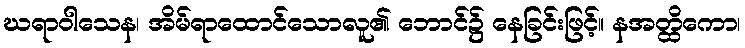
ဃရာဝါသေန၊ အိမ်ရာထောင်သောလူ၏ ဘောင်၌ နေခြင်းဖြင့်။ နအတ္ထိကော၊